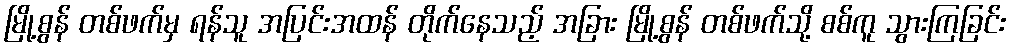
မြို့စွန် တစ်ဖက်မှ ရန်သူ အပြင်းအထန် တိုက်နေသည့် အခြား မြို့စွန် တစ်ဖက်သို့ စစ်ကူ သွားကြခြင်း